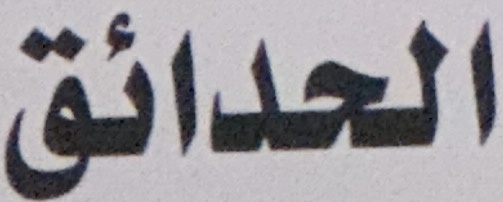
الحدائق